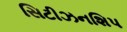
સિટીઝનશિપ